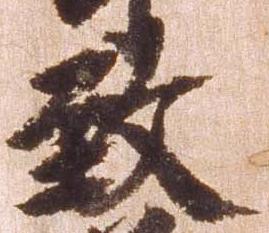
致